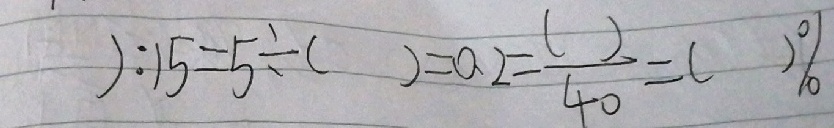
) : 1 5 = 5 \div ( ) = 0 . 2 = \frac { ( ) } { 4 0 } = ( ) \%